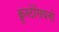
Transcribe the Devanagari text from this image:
क्रूस्टेसियनों